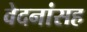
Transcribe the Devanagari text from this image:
वेदनांसह